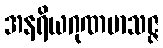
အနရိယဂုဏမာသဇ္ဇ